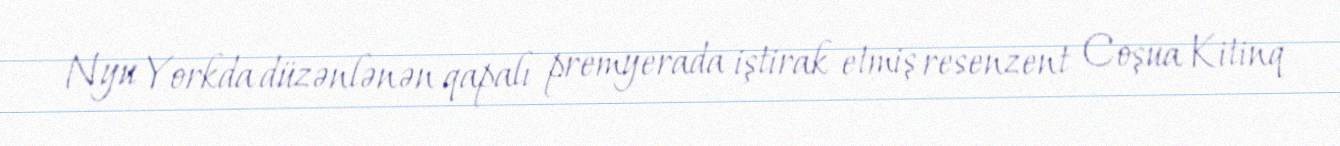
Nyu Yorkda düzənlənən qapalı premyerada iştirak etmiş resenzent Coşua Kitinq